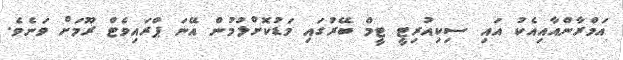
އަމްރާންއާއިއެކު އައި ސިކިއުރިޓީ ޓީމް ބޭރުގައި މަޑުކޮށްލުމުން އޭނަ ޕްރައިވެޓް ރޫމަށް ވަނެވެ.